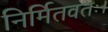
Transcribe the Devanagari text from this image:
निर्मितवतः।